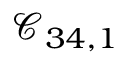
\mathcal { C } _ { 3 4 , 1 }